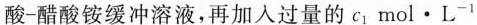
酸-醋酸铵缓冲溶液，再加入过量的c _ { 1}mol·L ^ { -1}